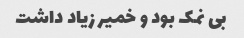
بی نمک بود و خمیر زیاد داشت